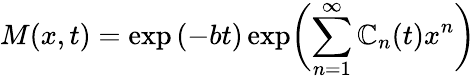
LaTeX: M(x,t)=\exp{(-bt)}\exp\biggl(\sum_{n=1}^{\infty}\mathbb{C}_{n}(t)x^{n}\biggr)